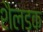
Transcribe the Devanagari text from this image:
शैलडक